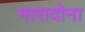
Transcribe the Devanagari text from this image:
मारादोना